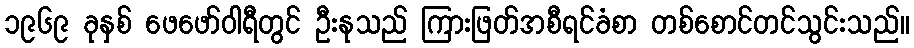
၁၉၆၉ ခုနှစ် ဖေဖော်ဝါရီတွင် ဦးနုသည် ကြားဖြတ်အစီရင်ခံစာ တစ်စောင်တင်သွင်းသည်။